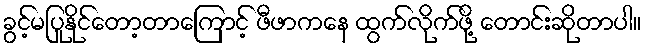
ခွင့်မပြုနိုင်တော့တာကြောင့် ဖီဖာကနေ ထွက်လိုက်ဖို့ တောင်းဆိုတာပါ။